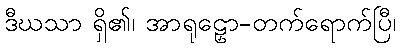
ဒီဃသာ ရှိ၏၊ အာရုဠှော-တက်ရောက်ပြီ၊